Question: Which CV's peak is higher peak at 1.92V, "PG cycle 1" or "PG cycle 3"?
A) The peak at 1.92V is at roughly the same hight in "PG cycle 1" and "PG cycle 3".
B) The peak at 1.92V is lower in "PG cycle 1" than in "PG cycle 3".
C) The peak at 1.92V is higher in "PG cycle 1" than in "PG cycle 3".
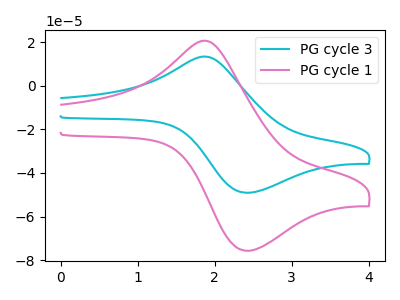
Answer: <think>The cyan curve "PG cycle 3" has an anodic peak at (1.90V, 13.20uA) and a cathodic peak at (2.40V, -49.10uA). The pink curve "PG cycle 1" has an anodic peak at (1.90V, 20.35uA) and a cathodic peak at (2.40V, -75.70uA).</think>
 <answer>C) The peak at 1.92V is higher in "PG cycle 1" than in "PG cycle 3".</answer>
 <eval>C</eval>